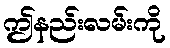
ဤနည်းလမ်းကို